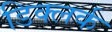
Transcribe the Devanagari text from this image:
डिक्लर्क